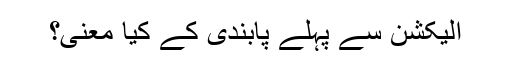
الیکشن سے پہلے پابندی کے کیا معنی؟